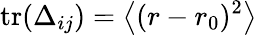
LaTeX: \mathrm{tr}(\Delta_{ij})=\left\langle{(r-r_{0})^{2}}\right\rangle